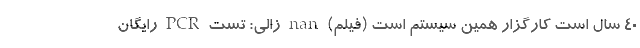
۴۰ سال‌ است کارگزار همین سیستم است (فیلم) nan زالی: تست PCR رایگان